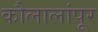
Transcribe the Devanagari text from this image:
कौलालांपूर